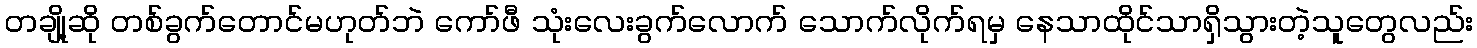
တချို့ဆို တစ်ခွက်တောင်မဟုတ်ဘဲ ကော်ဖီ သုံးလေးခွက်လောက် သောက်လိုက်ရမှ နေသာထိုင်သာရှိသွားတဲ့သူတွေလည်း